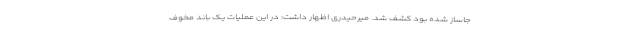
جاساز شده بود کشف شد. میرحیدری اظهار داشت: در این عملیات یک باند مخوف